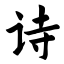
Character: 诗